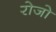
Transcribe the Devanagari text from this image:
रोजो